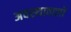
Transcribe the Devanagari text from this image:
अवस्थावालों